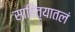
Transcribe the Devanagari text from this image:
साहित्यातलं